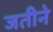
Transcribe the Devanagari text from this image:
जतीने